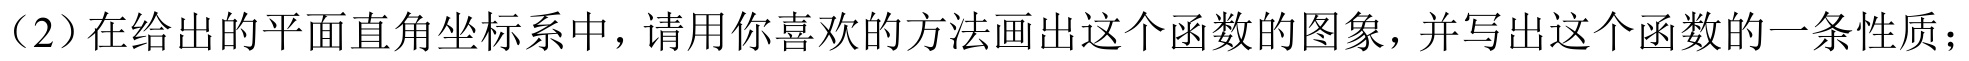
（2）在给出的平面直角坐标系中，请用你喜欢的方法画出这个函数的图象，并写出这个函数的一条性质；